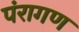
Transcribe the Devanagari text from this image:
पंरागण